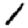
Digit: 1